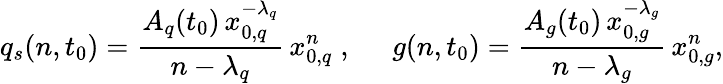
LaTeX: q_{s}(n,t_{0})=\frac{A_{q}(t_{0})\, x_{0,q}^{-\lambda_{q}}}{n-\lambda_{q}}\, x_{0,q}^{n}\; ,\; \; \; \; \; g(n,t_{0})=\frac{A_{g}(t_{0})\, x_{0,g}^{-\lambda_{g}}}{n-\lambda_{g}}\, x_{0,g}^{n},